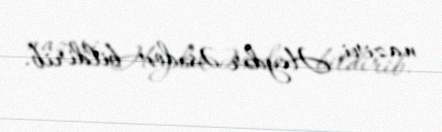
naziri Heydər Əsədov bildirib.